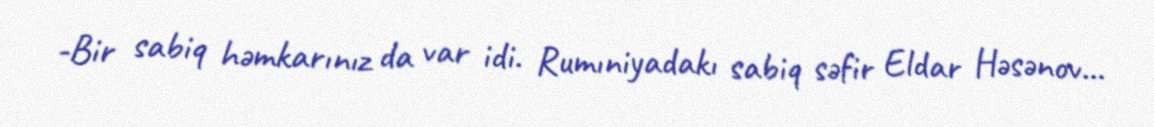
-Bir sabiq həmkarınız da var idi. Rumıniyadakı sabiq səfir Eldar Həsənov...